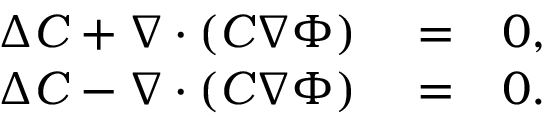
\begin{array} { r l r } { \Delta C + \nabla \cdot \left( C \nabla \Phi \right) } & { { } = } & { 0 , } \\ { \Delta C - \nabla \cdot \left( C \nabla \Phi \right) } & { { } = } & { 0 . } \end{array}